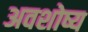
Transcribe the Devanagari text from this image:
अवशोष्य